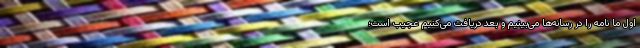
اول ما نامه را در رسانه‌ها می‌بینیم و بعد دریافت می‌کنیم عجیب است؛